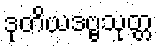
ဒုတိယဒဗ္ဗသုတ္တ